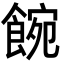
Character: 𩜌